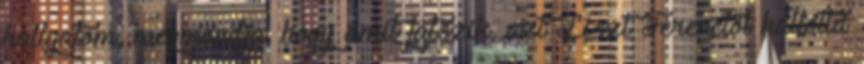
hallgatom, megmondja, hogy amit játszik, azt Liszt Ferenctől hallotta